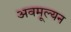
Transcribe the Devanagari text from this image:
अवमूल्‍यन